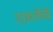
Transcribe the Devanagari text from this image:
रास्तेचे